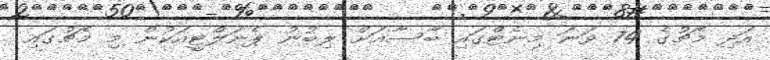
އަދި މެޗުގެ 74 ވަނަ މިނެޓްގައި ބާސާއަށް ލިބުނު ޕެނަލްޓީއަކުން މި މެޗުގައި